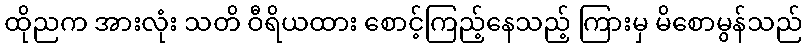
ထိုညက အားလုံး သတိ ဝီရိယထား စောင့်ကြည့်နေသည့် ကြားမှ မိစောမွန်သည်